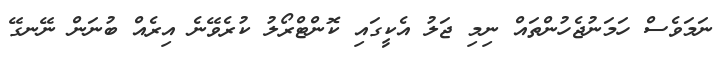
ނަމަވެސް ހަމަނުޖެހުންތައް ނިމި ޖަލު އެކީގައި ކޮންޓްރޯލު ކުރެވޭނެ އިރެއް ބުނަން ނޭނގޭ